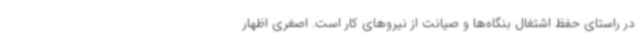
در راستای حفظ اشتغال بنگاه‌ها و صیانت از نیروهای کار است. اصغری اظهار